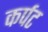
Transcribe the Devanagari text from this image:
कर्पट